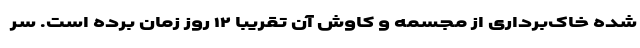
شده خاک‌برداری از مجسمه و کاوش آن تقریبا ۱۲ روز زمان برده است. سرِ